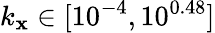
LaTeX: k_{\mathbf{x}}\in[10^{-4},10^{0.48}]